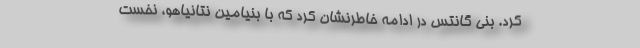
کرد. بنی گانتس در ادامه خاطرنشان کرد که با بنیامین نتانیاهو، نخست